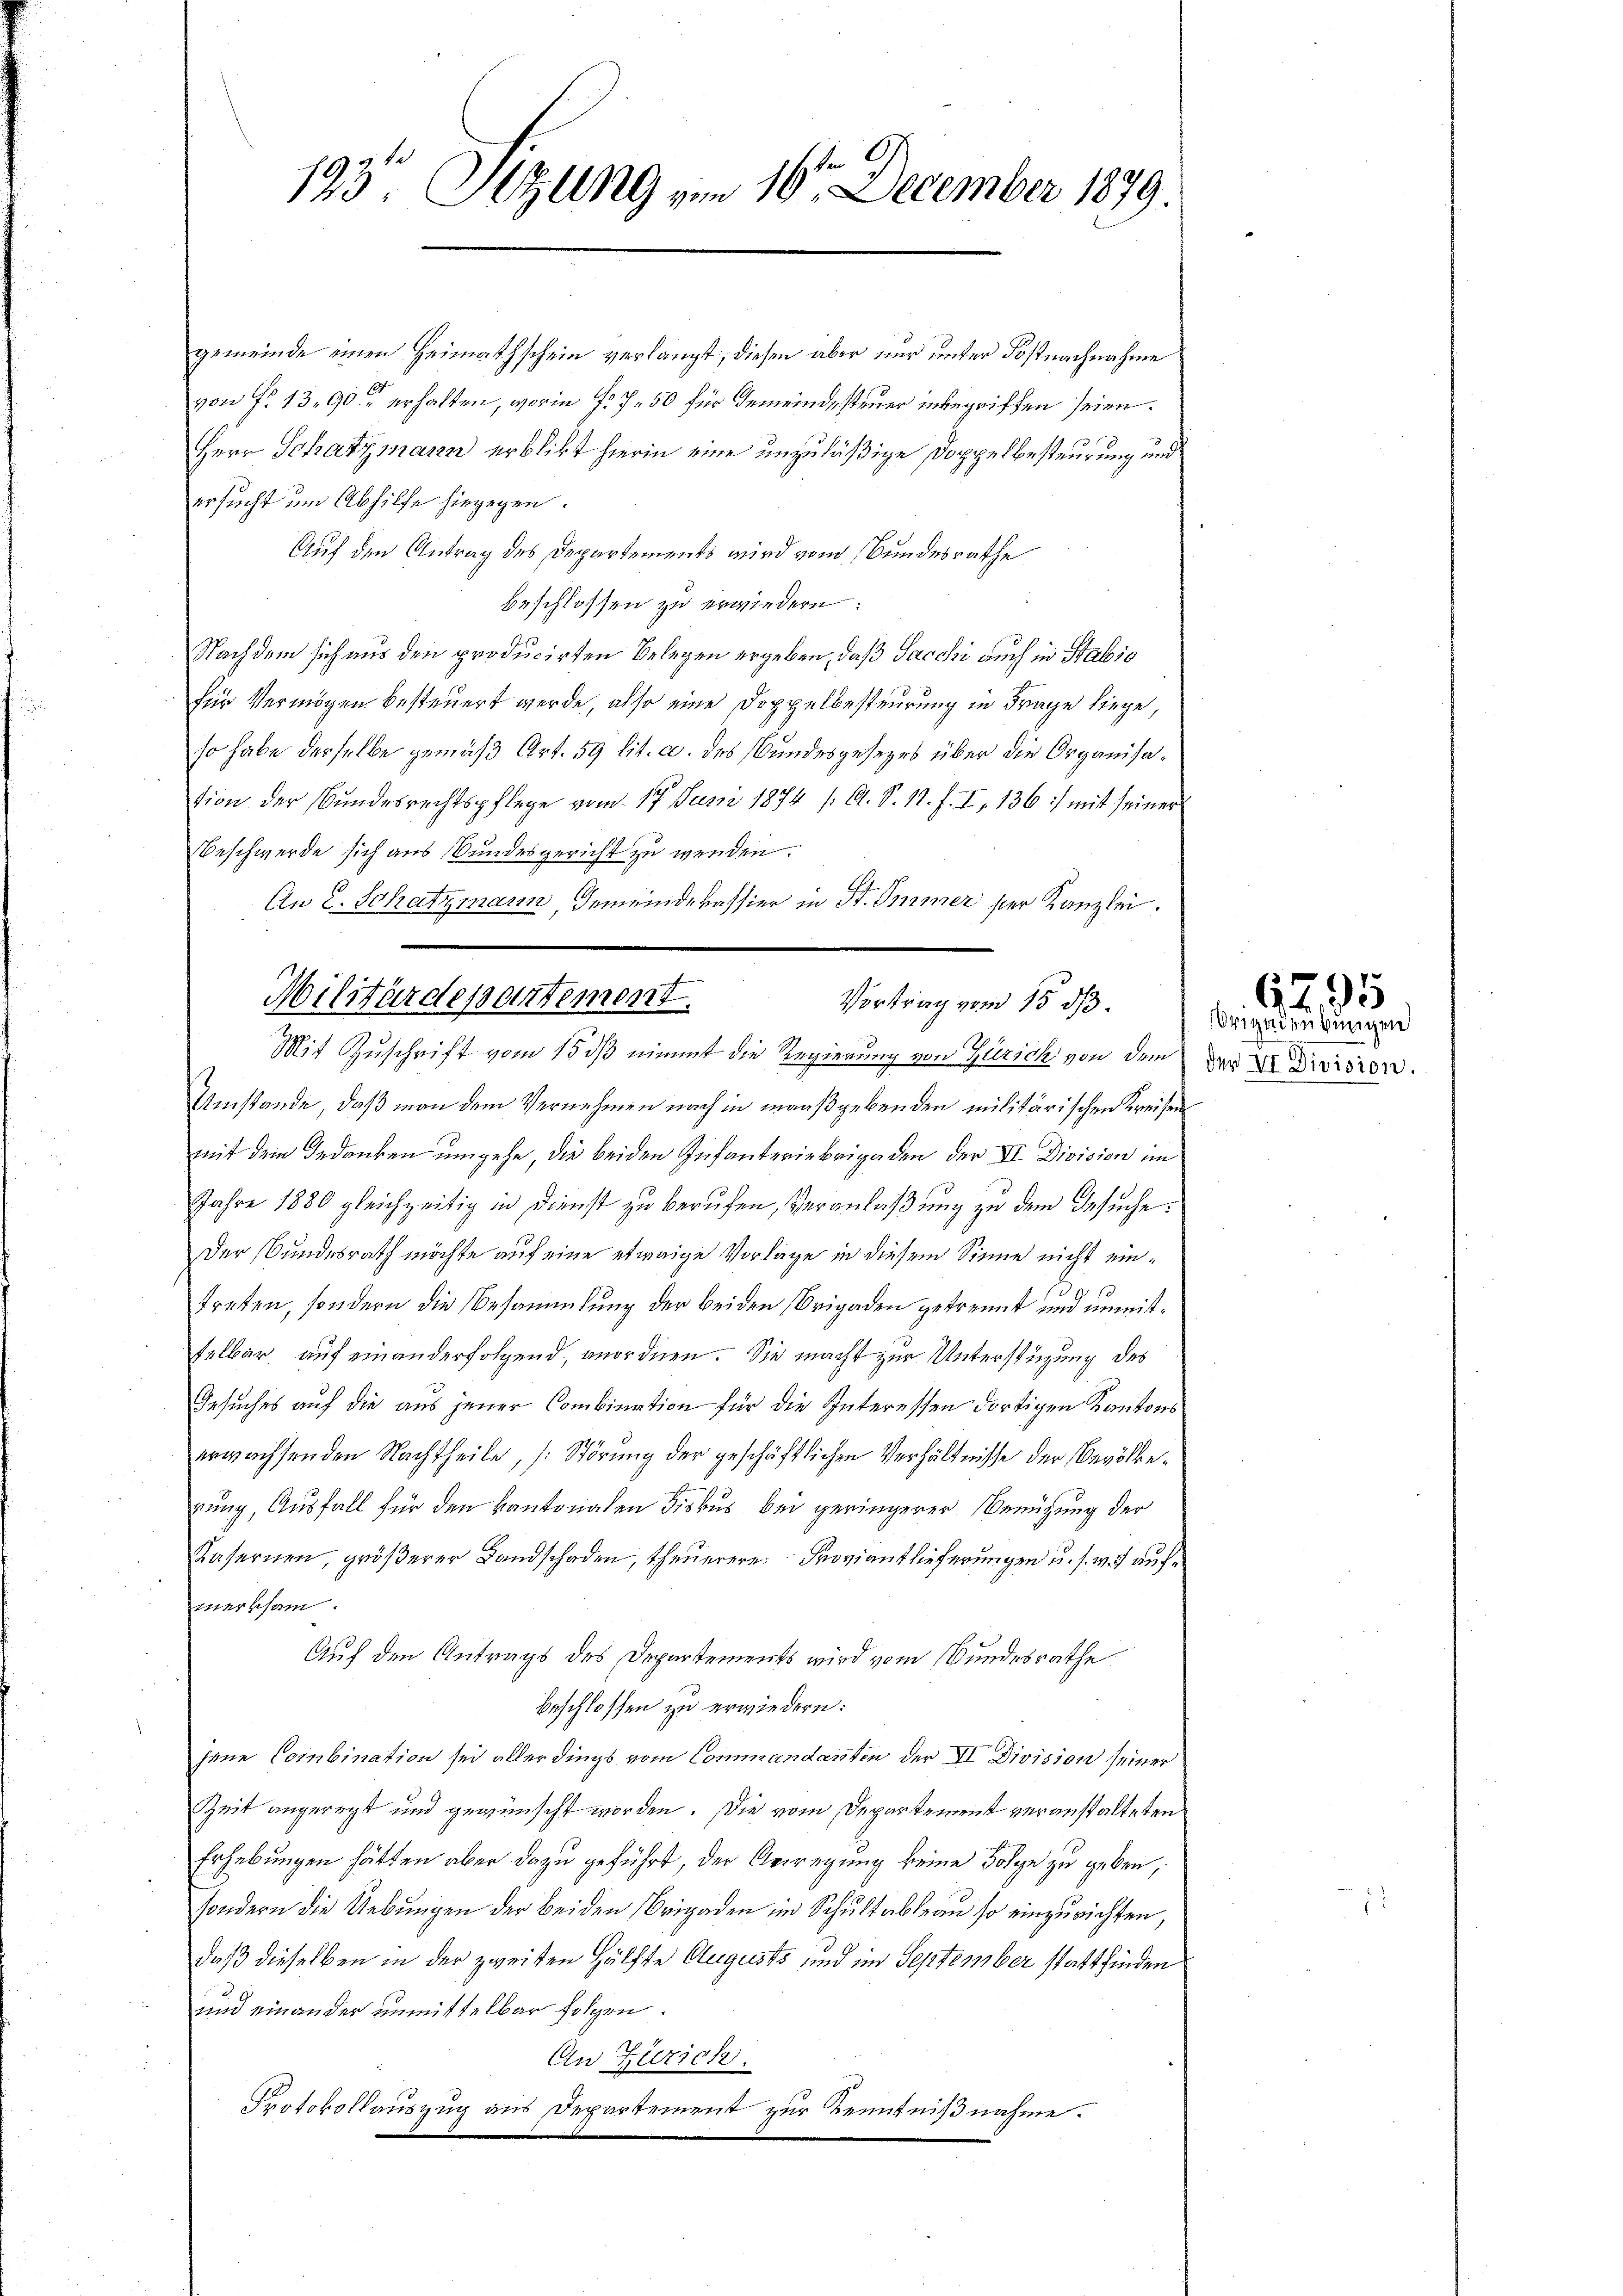
193. Sitzung vom 16. December 1879

gemeinde einen Heimathschein verlangt, diesen aber nur unter Postnachnahme
von Fr. 1390 erhalten, worin fr. 7 50 für Gemeindesteuer unbegriffen seien.
Herr Schatzmann erblibt hierin eine unzuläßige Doppelbesteurung und
ersucht um Abhilfe hiegegen.
Auf den Antrag des Departements wird vom Bundesrathe
beschlossen zu erwiedern:
Nachdem sich aus den producirten Belegen ergeben, daß Sacchi auch in Statio
für Vermögen besteuert werde, also eine Doppelbesteurung in Frage liege,
so habe derselbe gemäß Art. 59 lit. a. des Bundesgesezes über die Organisation der Bundesrechtspflege vom 17. Juni 1874 /: A. S. 11. f. I. 136) mit seiner
Beschwerde sich aus Bundesgericht zu werden.
An E. Schatzmann Gemeindekassier in St. Immer der Kanzlei.
Umstände, daß man dem Vernehmen nach in maaßgebenden militärischen Kreisen
mit dem Gedanken umgehe, die beiden Infanteriebrigaden der VI Division im
Jahre 1880 gleichzeitig in Dienst zu berufen, Veranlaßung zu dem Gesuche:
Der Bundesrath möchte auf eine etwaige Vorlage in diesem Sinne nicht eintreten, sondern die Besammlung der beiden Origaden getrennt und unmitfelbar auf einanderfolgend, anordnen. Sie macht zur Unterstüzung des
Gesuches auf die aus jener Combination für die Interessen dortigen Kantons
erwachsenden Nachtheile, (Störung der geschäftlichen Verhältnisse der Bevölkerung, Ausfall für den kantonalen Diskus bei geringerer. Benügung der
Kasernen, größerer Landschaden, theuerere Proviant lieferungen u. s. w. aufmerksam.
Auf den Antrags des Departements wird vom Bundesrathe
beschlossen zu erwiedern:
hene Combination sei allerdings vom Commandanten der VI Division seiner
Zeit angeregt und gewünscht worden. Die vom Departement veranstalteten
Erhebungen hätten aber dazu geführt, der Arregung keine Folge zu geben,
sondern die Uebŭngen der beiden Brigaden im Schultableau so einzurichten,
daß dieselben in der zweiten Hälfte Augusts und im September stattfinden
und einander unmittelbar folgen.
An Zürich.
Protokollauszug aus Departement zur Kenntnißnahme.

Militärdepartement.
Vortrag vom 15. dß.
Mit Zuschrift vom 15. ds nimmt die Regierung von Zürich von dem

Brigadeübungen
der Dr. Division.

64, 95